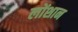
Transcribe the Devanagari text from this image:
लोंशान